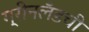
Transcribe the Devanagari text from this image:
ग्रीनलँडची